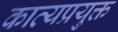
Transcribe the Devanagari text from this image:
काव्यप्रयुक्त